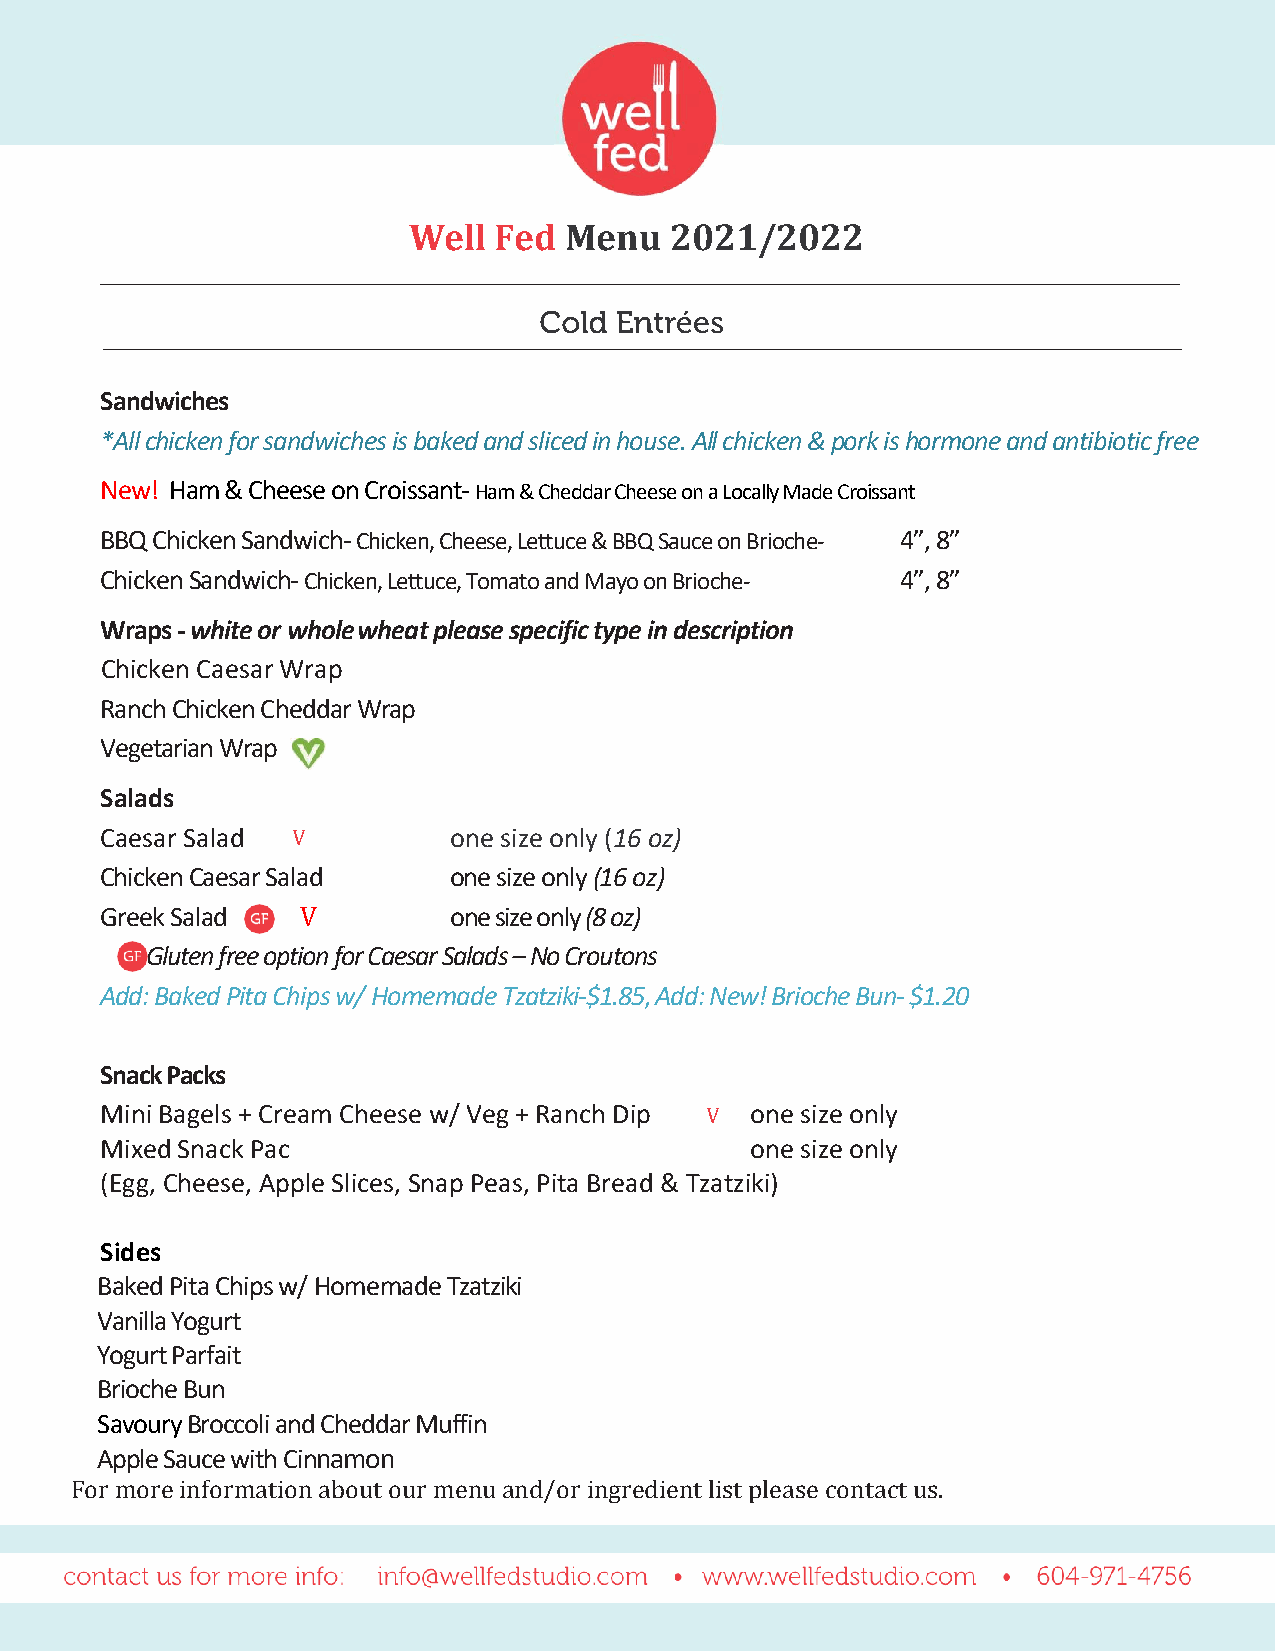
Well  Fed Menu   2021/2022
 Sandwiches
 *All chicken for sandwiches is baked and sliced in house. All chicken & pork is hormone and antibiotic free
 New! Ham & Cheese on Croissant- Ham & Cheddar Cheese on a Locally Made Croissant
 BBQ Chicken Sandwich- Chicken, Cheese, Lettuce & BBQ Sauce on Brioche- 4”, 8”
 Chicken Sandwich- Chicken, Lettuce, Tomato and Mayo on Brioche- 4”, 8”
 Wraps - white or whole wheat please specific type in description
 Chicken Caesar Wrap
 Ranch Chicken Cheddar Wrap
 Vegetarian Wrap
 Salads
 Caesar Salad V         one size only (16 oz)
 Chicken Caesar Salad   one size only (16 oz)
 Greek Salad  V         one size only (8 oz)
 Gluten free option for Caesar Salads – No Croutons
 Add: Baked Pita Chips w/ Homemade Tzatziki-$1.85, Add: New! Brioche Bun- $1.20
 Snack Packs
 Mini Bagels + Cream Cheese w/ Veg + Ranch Dip V one size only
 Mixed Snack Pac                            one size only
 (Egg, Cheese, Apple Slices, Snap Peas, Pita Bread & Tzatziki)
 Sides
 Baked Pita Chips w/ Homemade Tzatziki
 Vanilla Yogurt
 Yogurt Parfait
 Brioche Bun
 Savoury Broccoli and Cheddar Muffin
 Apple Sauce with Cinnamon
 For more information about our menu and/or ingredient list please contact us.
 V